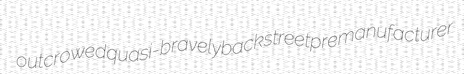
outcrowed quasi-bravely backstreet premanufacturer